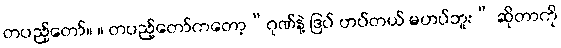
တပည့်တော်။ ။ တပည့်တော်ကတော့“ဂုဏ်နဲ့ ဒြပ် ဟပ်တယ် မဟပ်ဘူး” ဆိုတာကို